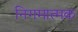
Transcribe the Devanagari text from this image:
निगमात्मक